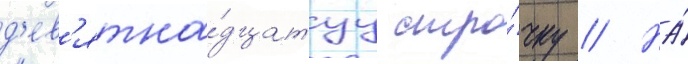
д'ев'ятна́дцатуу стро́чку // На́